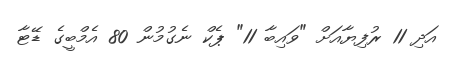
އަދި 11 ރުފިޔާއަށް "ވައިބާ 11" ޕެކް ނެގުމުން 80 އެމްބީގެ ޑޭޓާ